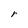
Character: r